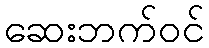
ဆေးဘက်ဝင်